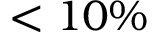
\textless 1 0 \%